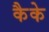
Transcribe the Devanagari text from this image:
कैके